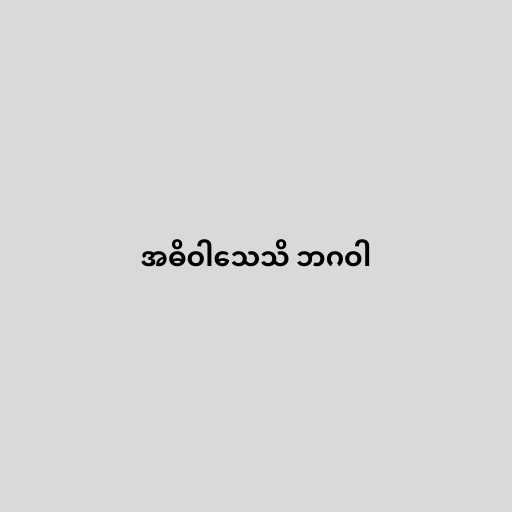
အဓိဝါသေသိ ဘဂဝါ